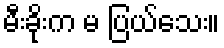
မီးခိုးက မ ပြယ်သေး။